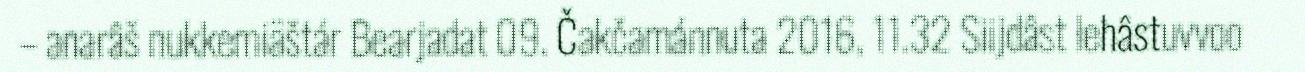
– anarâš nukkemiäštár Bearjadat 09. Čakčamánnuta 2016, 11.32 Siijdâst lehâstuvvoo